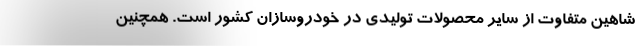
شاهین متفاوت از سایر محصولات تولیدی در خودروسازان کشور است. همچنین